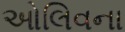
ઓલિવના